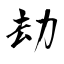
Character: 劫